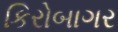
કિરોબાગર